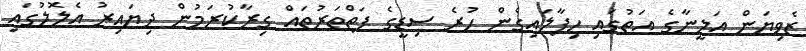
ޒެވިޔަން އަލީނާގެ އަތުގައި ހިފާލައިގެން ހުރެ ސިޑީގެ ފަތްތަރުތައް ގިރާކުރަމުން ދިޔައިރު އެލޮލުގައި